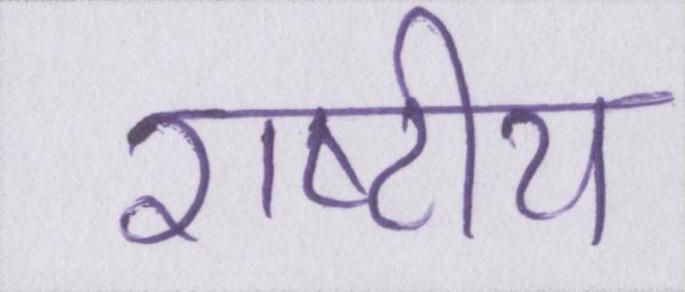
राष्टीय